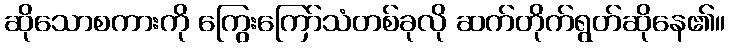
ဆိုသောစကားကို ကြွေးကြော်သံတစ်ခုလို ဆက်တိုက်ရွတ်ဆိုနေ၏။